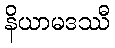
နိယာမဒဿီ